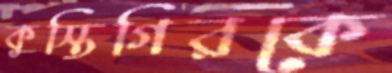
কুস্তিগিরকে